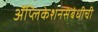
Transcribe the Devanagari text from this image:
ॲप्लिकेशनसंबंधीची